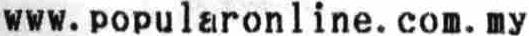
WWW.POPULARONLINE.COM.MY